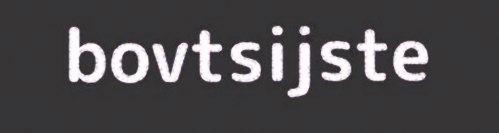
bovtsijste